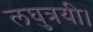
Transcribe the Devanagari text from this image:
लघुत्रयी।